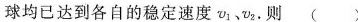
球均已达到各自的稳定速度v1v2.则()